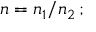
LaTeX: n = n _ { 1 } / n _ { 2 } \, ;